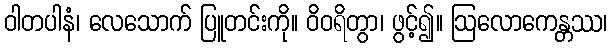
ဝါတပါနံ၊ လေသောက် ပြူတင်းကို။ ဝိဝရိတွာ၊ ဖွင့်၍။ ဩလောကေန္တဿ၊